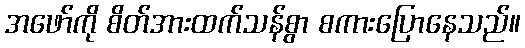
အဖော်ကို စိတ်အားထက်သန်စွာ စကားပြောနေသည်။